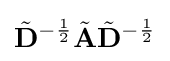
{\tilde {\mathbf {D} }}^{-{\frac {1}{2}}}{\tilde {\mathbf {A} }}{\tilde {\mathbf {D} }}^{-{\frac {1}{2}}}